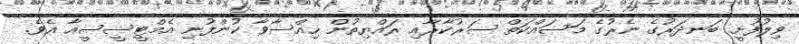
ވިލުފުށީ ބަނދަރުގެ ނެރުގެ މަސައްކަތް ސަރުކާރާއި ރައްޔިތުން ހިއްސާވާ ކުންފުނި އެމްޓީސީސީއާ އެވެ.